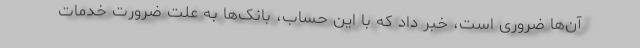
آن‌ها ضروری است، خبر داد که با این حساب، بانک‌ها به علت ضرورت خدمات